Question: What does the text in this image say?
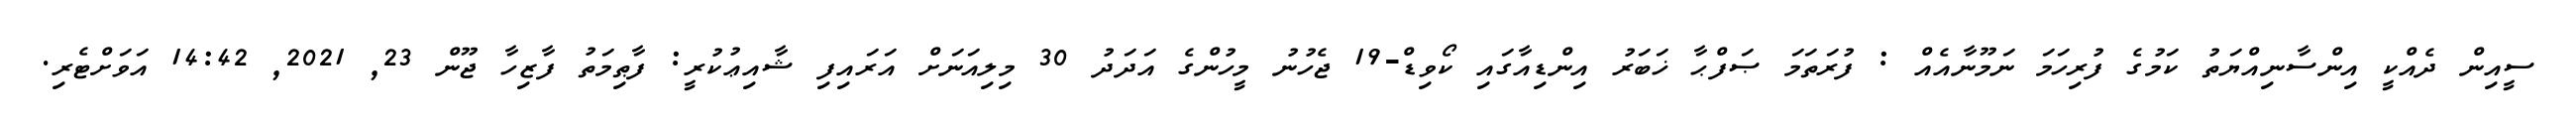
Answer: ސީއިން ދެއްކީ އިންސާނިއްޔަތު ކަމުގެ ފުރިހަމަ ނަމޫނާއެއް : ފުރަތަމަ ޞަފްޙާ ޚަބަރު އިންޑިއާގައި ކޯވިޑް-19 ޖެހުނު މީހުންގެ އަދަދު 30 މިލިއަނަށް އަރައިފި ޝާއިޢުކުރީ: ފާޠިމަތު ފާޒިހާ ޖޫން 23, 2021, 14:42 އަވަށްޓެރި.